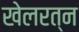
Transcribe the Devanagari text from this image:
खेलरत्‍न